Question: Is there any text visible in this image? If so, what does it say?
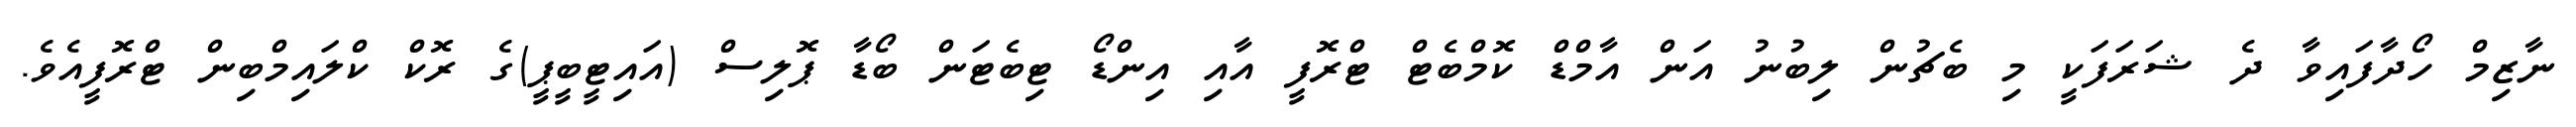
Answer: ނާޒިމް ހޯދާފައިވާ ދެ ޝަރަފަކީ މި ބެޗުން ލިބުނު އަން އާމްޑް ކޮމްބެޓް ޓްރޮފީ އާއި އިންޑޯ ޓިބެޓަން ބޯޑާ ޕޮލިސް (އައިޓީބީޕީ)ގެ ރޮކް ކްލައިމްބިން ޓްރޮފީއެވެ.